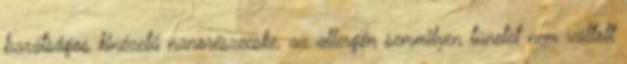
barátságos kinézetű nanorészecske, az allergén semmilyen tünetet nem váltott